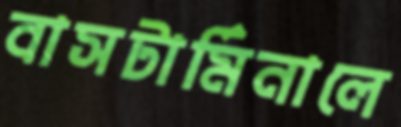
বাসটার্মিনালে